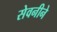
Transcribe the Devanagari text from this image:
सेवनीने